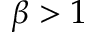
\beta > 1